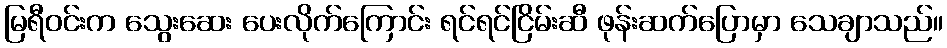
မြရီဝင်းက သွေးဆေး ပေးလိုက်ကြောင်း ရင်ရင်ငြိမ်းဆီ ဖုန်းဆက်ပြောမှာ သေချာသည်။